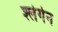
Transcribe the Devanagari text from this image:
श्लेगेन